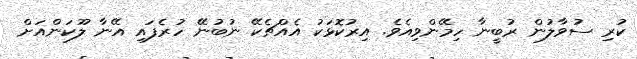
ކުރި ސުވާލުން ރުބީނާ ހިމޭންވިއެވެ. އިރުކޮޅަކު އެއްޗެކޭ ނުބުނޭ ހުރެފައި އޭނާ ލޫކަންއަށް